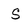
Character: S